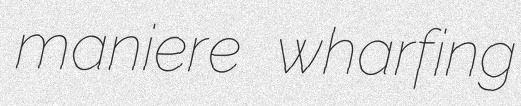
maniere wharfing